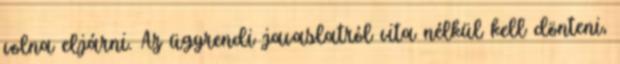
volna eljárni. Az ügyrendi javaslatról vita nélkül kell dönteni,